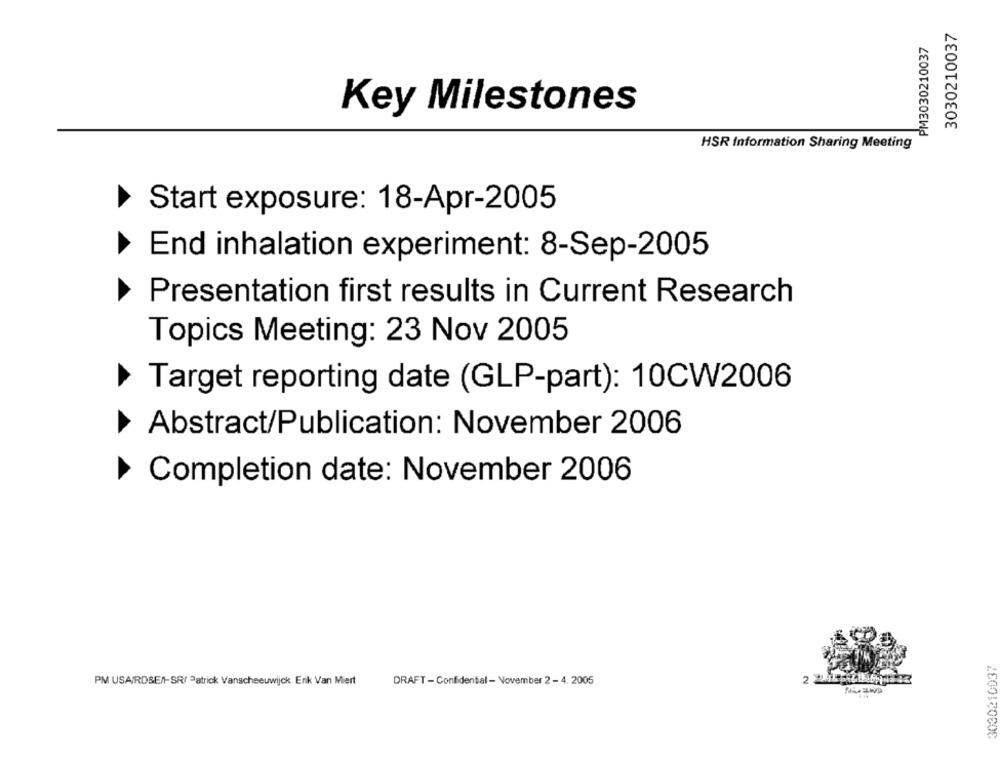
3030210037
PM3030210037
Key Milestones
HSR Information Sharing Meeting
Start exposure: 18-Apr-2005
End inhalation experiment: 8-Sep-2005
Presentation first results in Current Research
Topics Meeting: 23 Nov 2005
Target reporting date (GLP-part): 10CW2006
Abstract/Publication: November 2006
Completion date: November 2006
3030210037
2 ."
PM USAIRDSEN-SR/ Patrick Vanscheeuwijck Erik Van Miert
DRAFT - Confidential - November 2 - 4. 2005